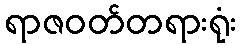
ရာဇဝတ်တရားရုံး